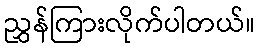
ညွှန်ကြားလိုက်ပါတယ်။